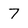
Character: 7